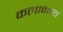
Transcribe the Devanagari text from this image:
कलामाथ